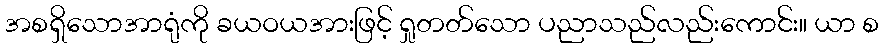
အစရှိသောအာရုံကို ခယဝယအားဖြင့် ရှုတတ်သော ပညာသည်လည်းကောင်း။ ယာ စ